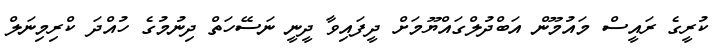
ކުރީގެ ރައީސް މައުމޫން އަބްދުލްގައްޔޫމަށް ދީފައިވާ ދީނީ ނަސޭހަތް ދިނުމުގެ ހުއްދަ ކްރިމިނަލް